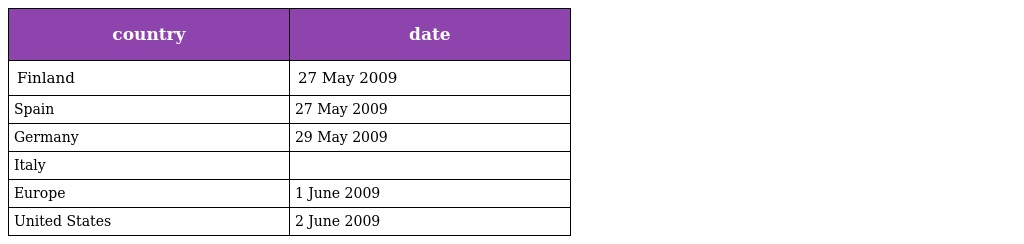
| country | date |
 | --- | --- |
 | Finland | 27 May 2009 |
 | Spain | 27 May 2009 |
 | Germany | 29 May 2009 |
 | Italy |  |
 | Europe | 1 June 2009 |
 | United States | 2 June 2009 |